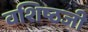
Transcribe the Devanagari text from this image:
वशिष्ठजी